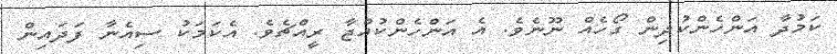
ކަމުދާ އަންހެންކުދިން ގޯހެއް ނޫނެވެ. އެ އަންހެންކުއްޖާ ރީއްޗެވެ. އެކަމަކު ސިއެނާ ފަދައިން